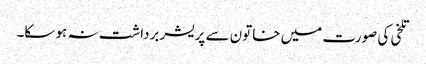
تلخی کی صورت میں خاتون سے پریشر برداشت نہ ہو سکا۔